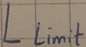
Text: Llimit